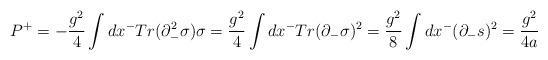
LaTeX: \begin{align*}P^{+}=-{g^{2}\over 4}\int dx^{-}Tr(\partial_{-}^{2}\sigma)\sigma={g^{2}\over 4}\int dx^{-}Tr(\partial_{-}\sigma )^{2}={g^{2}\over 8}\int dx^{-}(\partial_{-}s)^{2}={g^{2}\over 4a}\end{align*}